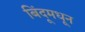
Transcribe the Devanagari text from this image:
बिंदूमधून